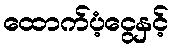
ထောက်ပံ့ငွေနှင့်